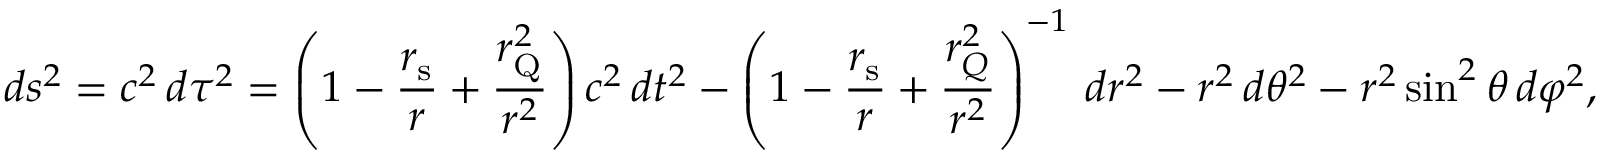
d s ^ { 2 } = c ^ { 2 } \, d \tau ^ { 2 } = \left( 1 - { \frac { r _ { \mathrm { s } } } { r } } + { \frac { r _ { \mathrm { { Q } } } ^ { 2 } } { r ^ { 2 } } } \right) c ^ { 2 } \, d t ^ { 2 } - \left( 1 - { \frac { r _ { \mathrm { s } } } { r } } + { \frac { r _ { Q } ^ { 2 } } { r ^ { 2 } } } \right) ^ { - 1 } \, d r ^ { 2 } - r ^ { 2 } \, d \theta ^ { 2 } - r ^ { 2 } \sin ^ { 2 } \theta \, d \varphi ^ { 2 } ,